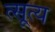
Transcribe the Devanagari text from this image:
त्सूत्य